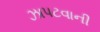
ઝાપટવાની